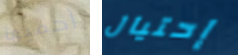
أحميها إحتيال